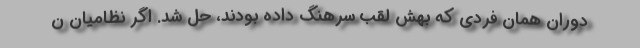
دوران همان فردی که بهش لقب سرهنگ داده بودند، حل شد. اگر نظامیان ن